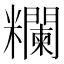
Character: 𥽭